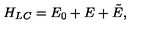
H _ { L C } = E _ { 0 } + E + \tilde { E } ,